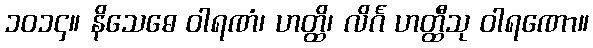
၁၀၁၄။ နိသေဓေ ဝါရဏံ၊ ဟတ္ထိ၊ လိင်္ဂ ဟတ္ထီသု ဝါရဏော။